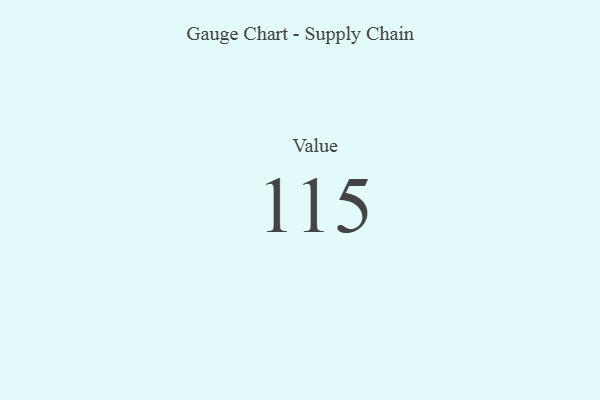
{"axis": {"x": "Metric", "y": "Value"}, "legend": [""], "data": [{"x": "Value", "y": 115, "type": ""}]}